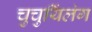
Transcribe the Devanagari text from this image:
चुचुयिंलंग